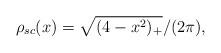
LaTeX: \begin{align*}\rho_{sc}(x)=\sqrt{(4-x^2)_+}/(2\pi),\end{align*}